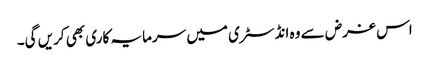
اس غرض سے وہ انڈسٹری میں سرمایہ کاری بھی کریں گی۔